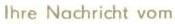
lhre Nachricht vom